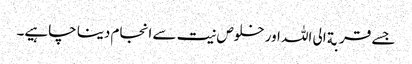
جسے قربة الی اللہ اور خلوص نیت سے انجام دینا چاہیے۔